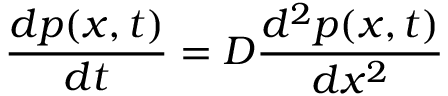
{ \frac { d p ( x , t ) } { d t } } = D { \frac { d ^ { 2 } p ( x , t ) } { d x ^ { 2 } } }